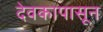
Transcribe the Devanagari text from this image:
देवकापासून